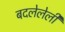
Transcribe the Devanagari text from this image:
बदलेलेली